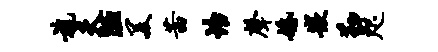
旄夫陋美茜怡声婚嵌勤咫